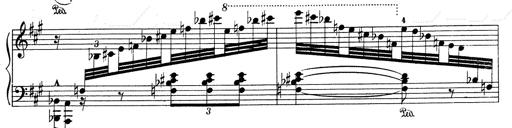
Title: Mephisto Waltz No.1
Composer: Franz Liszt